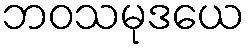
ဘဝသမုဒယေ